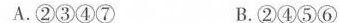
A.②③④⑦ B.②④⑤⑥